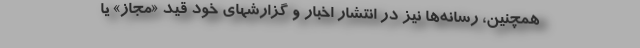
همچنین، رسانه‌ها نیز در انتشار اخبار و گزارشهای خود قید «مجاز» یا